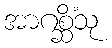
အာဂစ္ဆိံသု